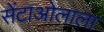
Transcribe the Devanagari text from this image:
सेंटाओलाला